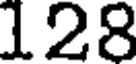
128